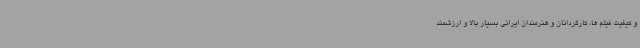
و کیفیت فیلم ها، کارگردانان و هنرمندان ایرانی بسیار بالا و ارزشمند